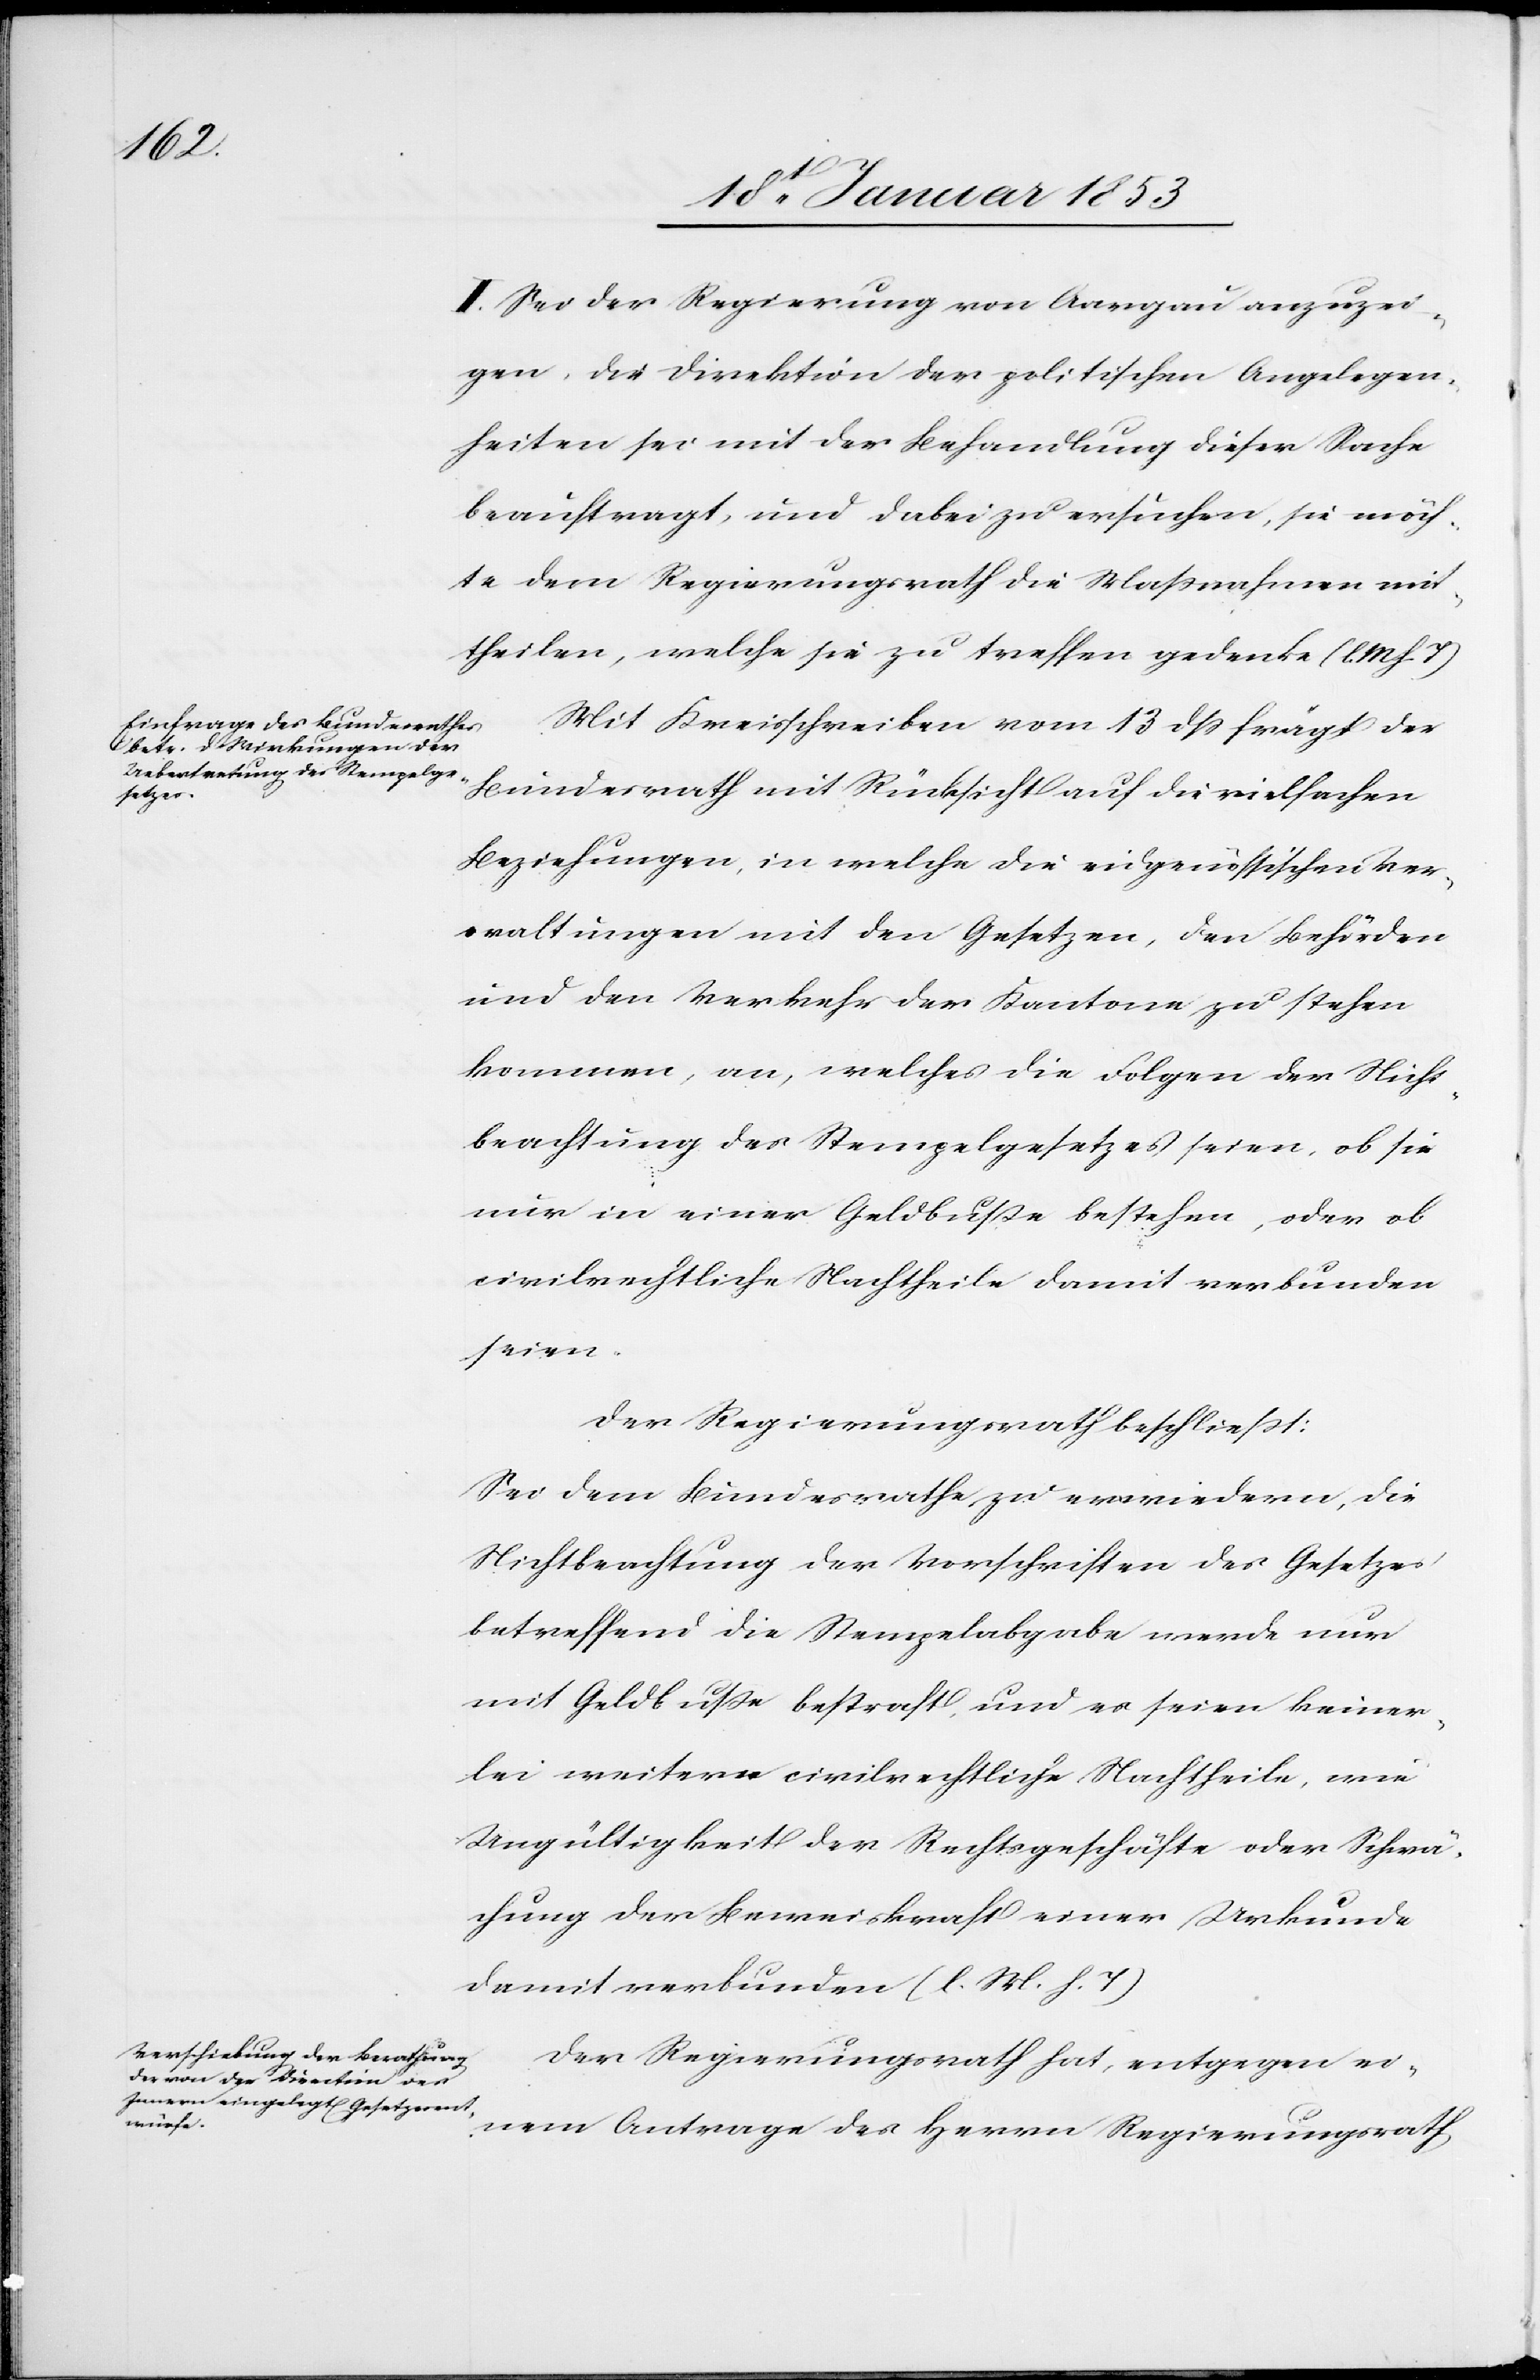
II. Sei der Regierung von Aargau anzuzei¬
gen, die Direktion der politischen Angelegen¬
heiten sei mit der Behandlung dieser Sache
beauftragt, und dabei zu ersuchen, sie möch¬
te dem Regierungsrathe die Maßnahmen mit¬
theilen, welche sie zu treffen gedenke [l. M. h. T]
Mit Kreisschreiben vom 13 dß frägt der
Bundesrath mit Rücksicht auf die vielfachen
Beziehungen, in welche die eidgenössischen Ver¬
waltungen mit den Gesetzen, den Behörden
und den Verkehr der Kantone zu stehen
kommen, an, welches die Folgen der Nicht¬
beachtung des Stempelgesetzes seien, ob sie
nur in einer Geldbuße bestehen, oder ob
civilrechtliche Nachtheile damit verbunden
seien.
Der Regierungsrath beschließt:
Sei dem Bundesrathe zu erwiedern, die
Nichtbeachtung der Vorschriften des Gesetzes
betreffend die Stempelabgabe werde nur
mit Geldbuße bestraft, und es seien keiner¬
lei weitere civilrechtliche Nachtheile, wie
Ungültigkeit der Rechtsgeschäfte oder Schwä¬
chung der Beweiskraft einer Urkunde
damit verbunden [l. M. h. T]
Der Regierungsrath hat, entgegen ei¬
nem Antrage des Herrn Regierungsrath,